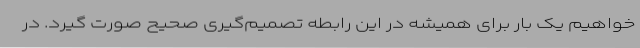
خواهیم یک بار برای همیشه در این رابطه تصمیم‌گیری صحیح صورت گیرد. در